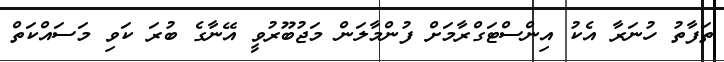
ތަފާތު ހުނަރާ އެކު އިންސްޓަގްރާމަށް ފުންމާލަން މަޖުބޫރުވީ އޭނާގެ ބުރަ ކަވި މަސައްކަތް